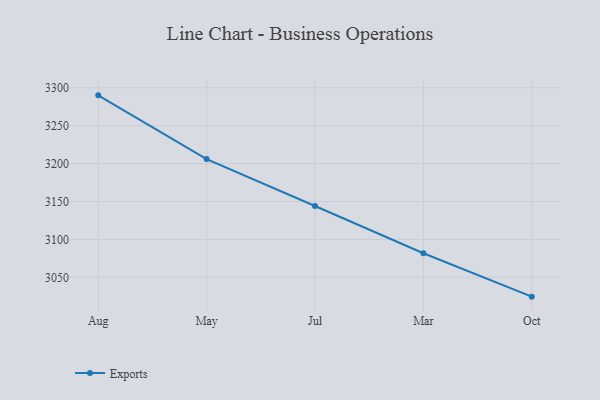
{"axis": {"x": "Month", "y": "Population (Million)"}, "legend": ["Exports"], "data": [{"x": "Aug", "y": 3290.0, "type": "Exports"}, {"x": "May", "y": 3205.9, "type": "Exports"}, {"x": "Jul", "y": 3144.1, "type": "Exports"}, {"x": "Mar", "y": 3081.8, "type": "Exports"}, {"x": "Oct", "y": 3024.5, "type": "Exports"}]}